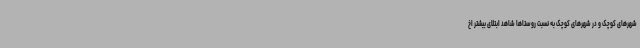
شهرهای کوچک و در شهرهای کوچک به نسبت روستاها شاهد ابتلای بیشتر اخ